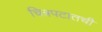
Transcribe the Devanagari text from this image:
चित्रपटातची